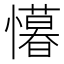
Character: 𭟒